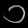
Digit: ၁